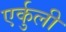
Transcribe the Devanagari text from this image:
एर्कुली